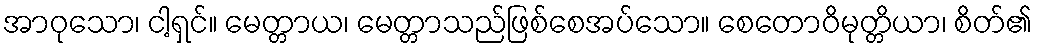
အာဝုသော၊ ငါ့ရှင်။ မေတ္တာယ၊ မေတ္တာသည်ဖြစ်စေအပ်သော။ စေတောဝိမုတ္တိယာ၊ စိတ်၏